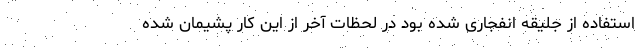
استفاده از جلیقه انفجاری شده بود در لحظات آخر از این کار پشیمان شده